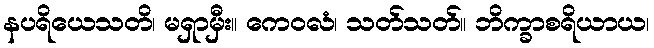
နပရိယေသတိ၊ မရှာမှီး။ ကေဝလံ၊ သတ်သတ်။ ဘိက္ခာစရိယာယ၊